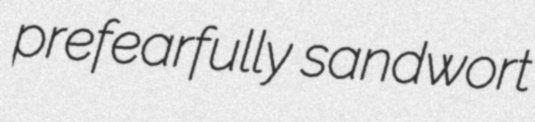
prefearfully sandwort